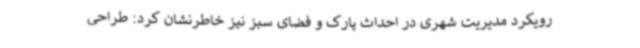
رویکرد مدیریت شهری در احداث پارک و فضای سبز نیز خاطرنشان کرد: طراحی